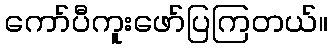
ကော်ပီကူးဖော်ပြကြတယ်။